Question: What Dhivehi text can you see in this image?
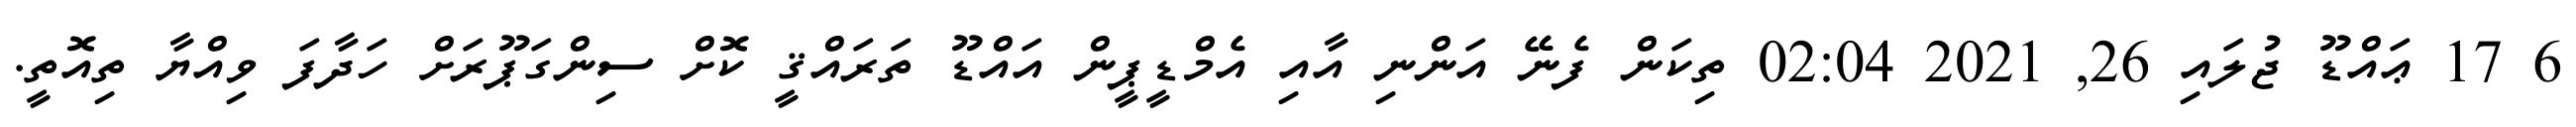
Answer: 6 17 ޢައްޑޫ ޖުލައި 26, 2021 02:04 ތިކަން ފެނޭ އަންނި އާއި އެމްޑީޕީން އައްޑޫ ތަރައްޤީ ކޮށް ސިންގަޕޫރަށް ހަދާފަ ވިއްޔާ ތިއޮތީ.